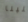
إيلينا